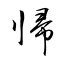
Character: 帰